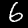
Digit: 6